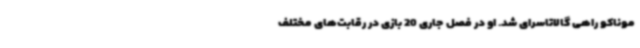
موناکو راهی گالاتاسرای شد. او در فصل جاری 20 بازی در رقابت‌های مختلف